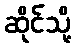
ဆိုင်သို့